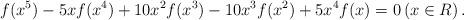
LaTeX: \begin{align*} f(x^{5})-5xf(x^{4})+10x^{2}f(x^{3})-10x^{3}f(x^{2})+5x^{4}f(x)=0 \left(x\in R\right). \end{align*}